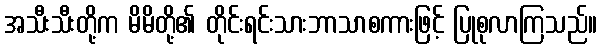
အသီးသီးတို့က မိမိတို့၏ တိုင်းရင်းသားဘာသာစကားဖြင့် ပြုစုလာကြသည်။